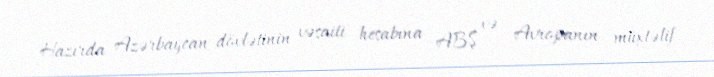
Hazırda Azərbaycan dövlətinin vəsaiti hesabına ABŞ və Avropanın müxtəlif